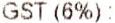
GST (6%) :